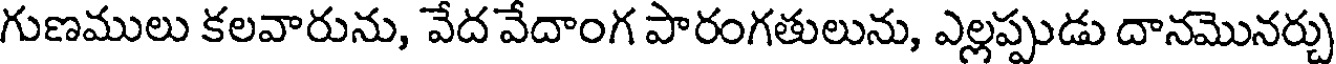
గుణములు కలవారును, వేద వేదాంగ పారంగతులును, ఎల్లప్పుడు దానమొనర్చు